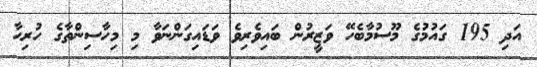
އަދި 195 ގައުމުގެ މޫސުމާބެހޭ ވަޒީރުން ބައިވެރިވެ ވަޑައިގަންނަވާ މި މިހާސިންތާގެ ހުރިހާ